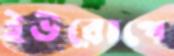
ইউরোপে